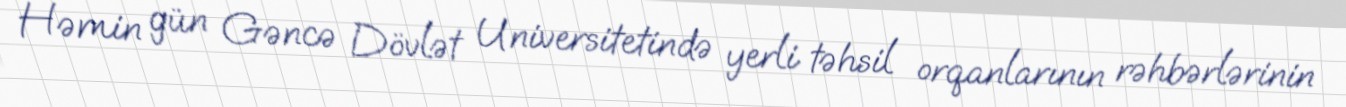
Həmin gün Gəncə Dövlət Universitetində yerli təhsil orqanlarının rəhbərlərinin